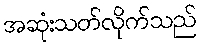
အဆုံးသတ်လိုက်သည်